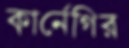
কার্নেগির